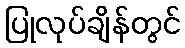
ပြုလုပ်ချိန်တွင်